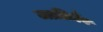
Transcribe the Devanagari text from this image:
जातिर्नैव